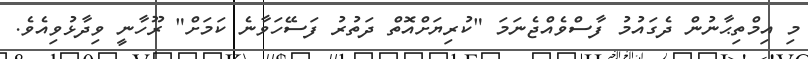
މި އިމްތިޙާނުން ދެގައުމު ފާސްވެއްޖެނަމަ "ކުރިޔަށްއޮތް ދަތުުރު ފަސޭހަވާނެ ކަމަށް" ރޫހާނީ ވިދާޅުވިއެވެ.